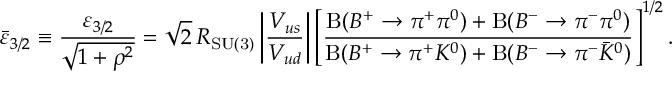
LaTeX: \bar { \varepsilon } _ { 3 / 2 } \equiv \frac { \varepsilon _ { 3 / 2 } } { \sqrt { 1 + \rho ^ { 2 } } } = \sqrt 2 \, R _ { \mathrm { S U ( 3 ) } } \left| \frac { V _ { u s } } { V _ { u d } } \right| \left[ \frac { \mathrm { B } ( B ^ { + } \to \pi ^ { + } \pi ^ { 0 } ) + \mathrm { B } ( B ^ { - } \to \pi ^ { - } \pi ^ { 0 } ) } { \mathrm { B } ( B ^ { + } \to \pi ^ { + } K ^ { 0 } ) + \mathrm { B } ( B ^ { - } \to \pi ^ { - } \bar { K } ^ { 0 } ) } \right] ^ { 1 / 2 } .